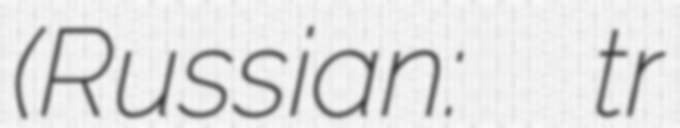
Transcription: (Russian: Дзен Новости tr